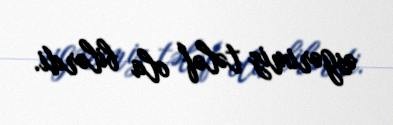
əsgərimiz tələf ola bilərdi.